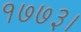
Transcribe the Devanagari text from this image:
१७७३।